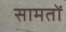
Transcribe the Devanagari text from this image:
सामतों